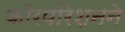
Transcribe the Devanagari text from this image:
काॅरपोरेशनने